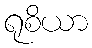
ရုစိယာ